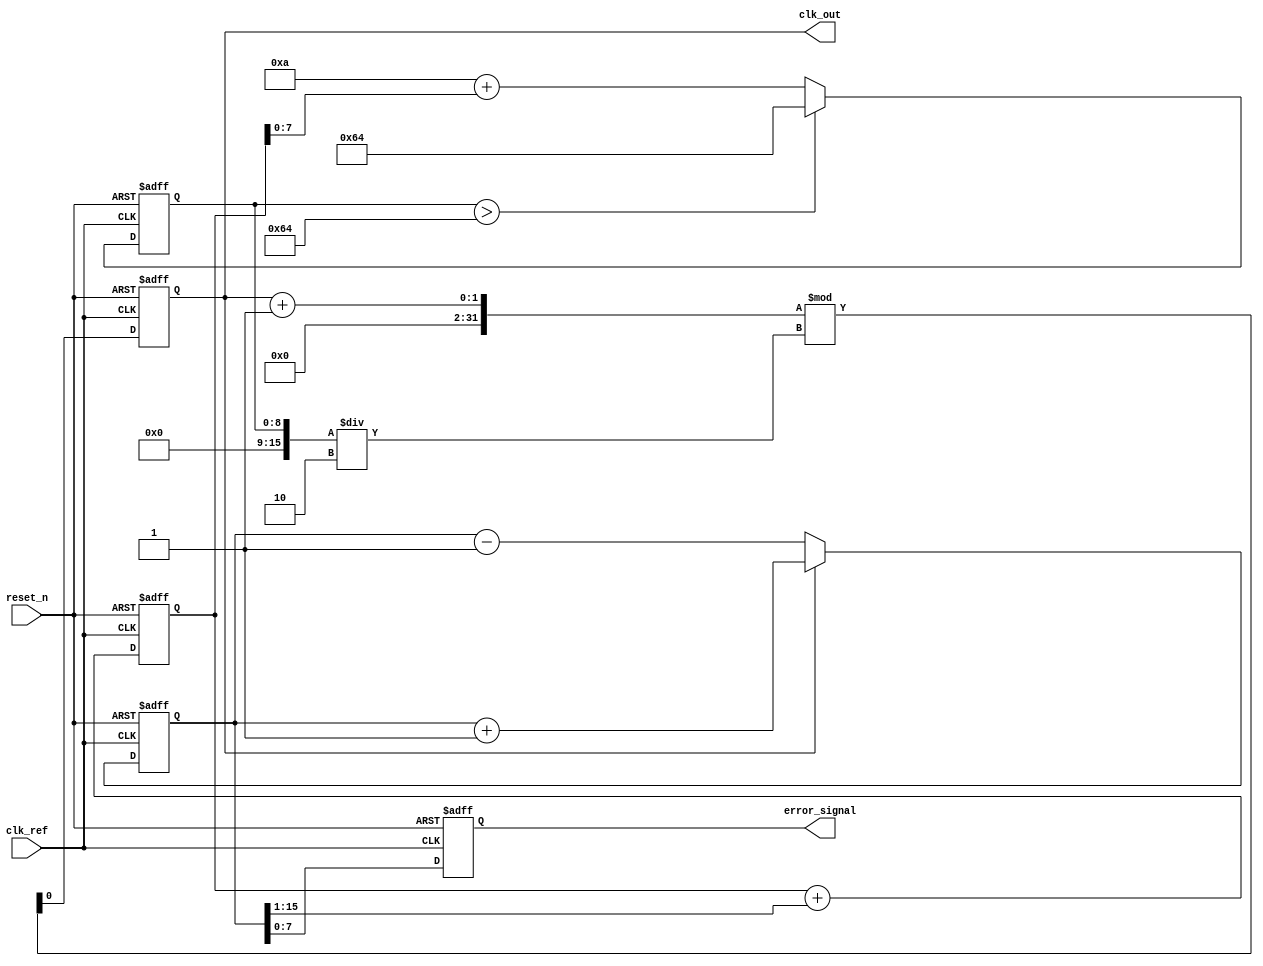
module fractional_pll (
    input wire clk_ref,               // Reference clock input
    input wire reset_n,               // Active low reset
    output reg clk_out,               // Output clock
    output reg [7:0] error_signal      // Error signal for debugging
);

// Parameters
parameter N = 4;                     // Integer division factor
parameter F = 2;                     // Fractional division factor
parameter VCO_MAX_FREQ = 100;        // Maximum VCO frequency value
parameter VCO_MIN_FREQ = 10;         // Minimum VCO frequency value

// Registers and wires
reg [15:0] vco_freq = VCO_MIN_FREQ;  // VCO frequency
reg [15:0] loop_filter_out;           // Output of the loop filter
reg [15:0] phase_error;               // Phase error from the PD
reg [7:0] divider_count;              // Divider counter
reg pd_output;                        // Phase detector output
reg clk_div;                          // Divided clock signal

// Phase Detector (PD)
always @(posedge clk_ref or negedge reset_n) begin
    if (!reset_n) begin
        phase_error <= 0;
        pd_output <= 1'b0; // Initialize PD output
    end else begin
        // Example behavior: simple phase comparison
        if (clk_out) begin
            phase_error <= phase_error + 1; // Increment error if output is high
            pd_output <= 1'b0; // Indicate leading condition
        end else begin
            phase_error <= phase_error - 1; // Decrement error if output is low
            pd_output <= 1'b1; // Indicate lagging condition
        end
    end
end

// Loop Filter (simplistic)
always @(posedge clk_ref or negedge reset_n) begin
    if (!reset_n) begin
        loop_filter_out <= 0;
    end else begin
        // Basic low-pass filter behavior (for simulation)
        loop_filter_out <= loop_filter_out + (phase_error >> 1); // Simple integration
    end
end

// Voltage-Controlled Oscillator (VCO)
always @(posedge clk_ref or negedge reset_n) begin
    if (!reset_n) begin
        vco_freq <= VCO_MIN_FREQ;
        clk_out <= 0;
    end else begin
        // Control frequency based on loop filter output
        vco_freq <= VCO_MIN_FREQ + loop_filter_out[7:0]; // Map to VCO range
        if (vco_freq > VCO_MAX_FREQ) vco_freq <= VCO_MAX_FREQ;

        // Generate the output clock
        clk_out <= (clk_out + 1) % (vco_freq / 2); // This simply toggles for simulation
    end
end

// Frequency Divider
always @(posedge clk_out or negedge reset_n) begin
    if (!reset_n) begin
        divider_count <= 0;
    end else begin
        if (divider_count < N + F - 1) begin
            divider_count <= divider_count + 1;
        end else begin
            divider_count <= 0;
        end
    end
end

// Error signal for debugging
always @(posedge clk_ref or negedge reset_n) begin
    if (!reset_n) begin
        error_signal <= 0;
    end else begin
        error_signal <= phase_error[7:0]; // Output error for monitoring
    end
end

endmodule